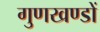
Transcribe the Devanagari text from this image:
गुणखण्डों